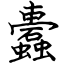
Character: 蠹